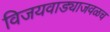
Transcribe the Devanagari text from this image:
विजयवाड्याजवळच